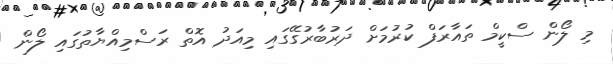
މި ލޯން ސްކީމް ތައާރަފް ކުރުމަށް ދަރުބާރުގޭގައި މިއަދު އޮތް ރަސްމިއްޔާތުގައި ލޯން